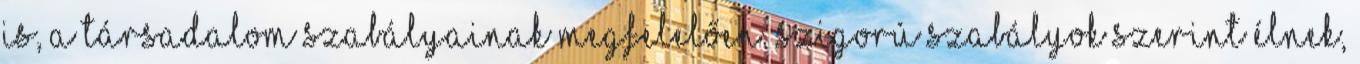
is, a társadalom szabályainak megfelelően. Szigorú szabályok szerint élnek,